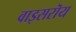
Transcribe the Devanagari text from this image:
वाइसरॊय